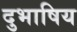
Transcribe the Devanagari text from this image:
दुभाषिय